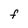
Character: F